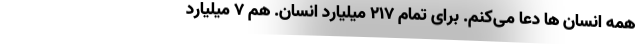
همه انسان ها دعا می‌کنم. برای تمام 217 میلیارد انسان. هم 7 میلیارد